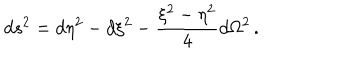
d s ^ { 2 } = d \eta ^ { 2 } - d \xi ^ { 2 } - \frac { \xi ^ { 2 } - \eta ^ { 2 } } { 4 } d \Omega ^ { 2 } \, .